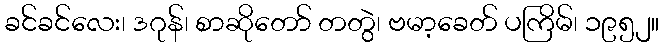
ခင်ခင်လေး၊ ဒဂုန်၊ စာဆိုတော် တတွဲ၊ ဗမာ့ခေတ် ပကြိမ်၊ ၁၉၅၂။